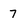
Character: 7